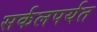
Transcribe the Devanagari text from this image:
सर्कलपर्यत